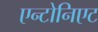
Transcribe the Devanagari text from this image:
एन्टोनिएट